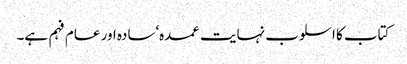
کتاب کا اسلوب نہایت عمدہ‘سادہ اور عام فہم ہے۔